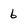
Character: 6